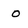
Character: o